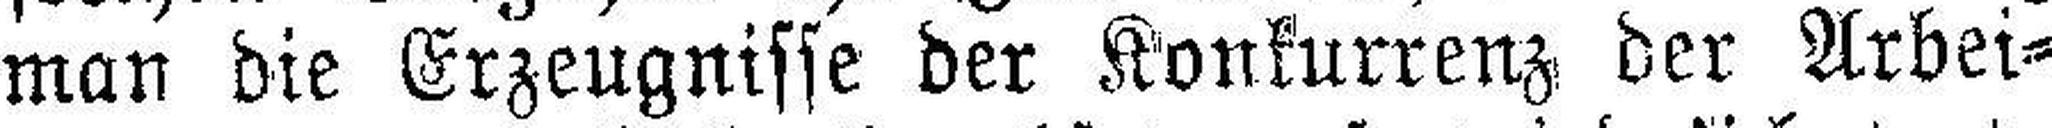
man die Erzeugnisse der Konkurrenz der Arbei¬